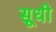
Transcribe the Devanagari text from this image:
सूधी